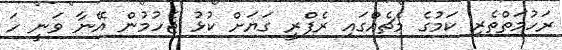
ރަހުމަތްތެރި ކަމުގެ މެޗެއްގައި ރެފްރީ ގަޔަށް ކުޅު ޖެހުމުން އޭނާ ވަނީ ހަ